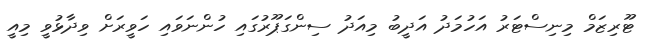
ޓޫރިޒަމް މިނިސްޓަރު އަހުމަދު އަދީބު މިއަދު ސިންގަޕޫރުގައި ހުންނަވައި ހަވީރަށް ވިދާޅުވީ މިއީ